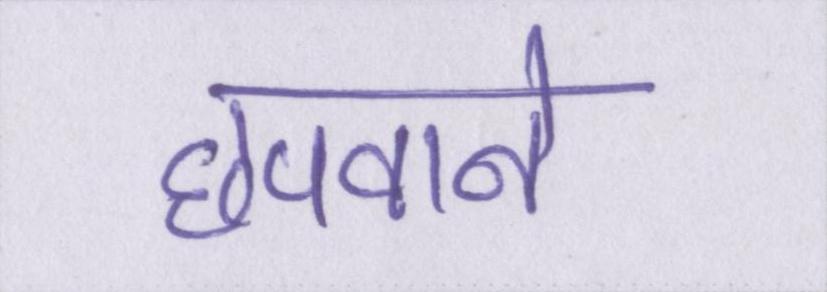
छपवाने